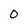
Character: 0